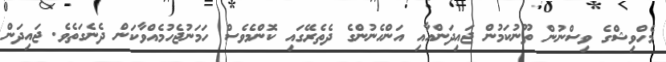
މެހްވިޝްގެ ވިސްނުން ތޫނުކަމުން ޖައިދަންއާއި އަންހެނުންގެ ދެތެރޭގައި ކޮންމެވެސް ހަމަނުޖެހުމެއްވާކަން ދެނެގަތެވެ. ޖައިދަން